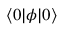
\langle 0 | \phi | 0 \rangle